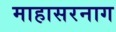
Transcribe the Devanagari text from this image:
माहासरनाग